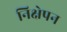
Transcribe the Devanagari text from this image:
निक्षेपन